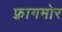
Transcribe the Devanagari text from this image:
फ़्रागमोर